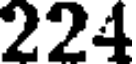
221